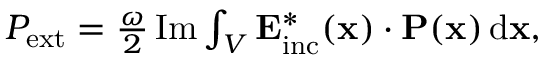
\begin{array} { r } { P _ { \mathrm { e x t } } = \frac { \omega } { 2 } \operatorname { I m } \int _ { V } \mathbf { E } _ { \mathrm { i n c } } ^ { * } ( \mathbf { x } ) \cdot \mathbf { P } ( \mathbf { x } ) \, \mathrm { d } \mathbf { x } , } \end{array}